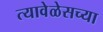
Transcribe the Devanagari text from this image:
त्यावेळेसच्या